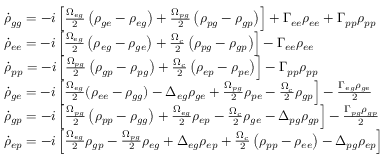
\begin{array} { r l } & { \dot { \rho } _ { g g } = - i \left[ \frac { \Omega _ { e g } } { 2 } \left( \rho _ { g e } - \rho _ { e g } \right) + \frac { \Omega _ { p g } } { 2 } \left( \rho _ { p g } - \rho _ { g p } \right) \right] + \Gamma _ { e e } \rho _ { e e } + \Gamma _ { p p } \rho _ { p p } } \\ & { \dot { \rho } _ { e e } = - i \left[ \frac { \Omega _ { e g } } { 2 } \left( \rho _ { e g } - \rho _ { g e } \right) + \frac { \Omega _ { c } } { 2 } \left( \rho _ { p g } - \rho _ { g p } \right) \right] - \Gamma _ { e e } \rho _ { e e } } \\ & { \dot { \rho } _ { p p } = - i \left[ \frac { \Omega _ { p g } } { 2 } \left( \rho _ { g p } - \rho _ { p g } \right) + \frac { \Omega _ { c } } { 2 } \left( \rho _ { e p } - \rho _ { p e } \right) \right] - \Gamma _ { p p } \rho _ { p p } } \\ & { \dot { \rho } _ { g e } = - i \left[ \frac { \Omega _ { e g } } { 2 } ( \rho _ { e e } - \rho _ { g g } ) - \Delta _ { e g } \rho _ { g e } + \frac { \Omega _ { p g } } { 2 } \rho _ { p e } - \frac { \Omega _ { c } } { 2 } \rho _ { g p } \right] - \frac { \Gamma _ { e g } \rho _ { g e } } { 2 } } \\ & { \dot { \rho } _ { g p } = - i \left[ \frac { \Omega _ { p g } } { 2 } \left( \rho _ { p p } - \rho _ { g g } \right) + \frac { \Omega _ { e g } } { 2 } \rho _ { e p } - \frac { \Omega _ { c } } { 2 } \rho _ { g e } - \Delta _ { p g } \rho _ { g p } \right] - \frac { \Gamma _ { p g } \rho _ { g p } } { 2 } } \\ & { \dot { \rho } _ { e p } = - i \left[ \frac { \Omega _ { e g } } { 2 } \rho _ { g p } - \frac { \Omega _ { p g } } { 2 } \rho _ { e g } + \Delta _ { e g } \rho _ { e p } + \frac { \Omega _ { c } } { 2 } \left( \rho _ { p p } - \rho _ { e e } \right) - \Delta _ { p g } \rho _ { e p } \right] } \end{array}